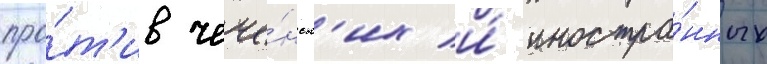
про́т'ив чече́нск'их и́ иностра́нных